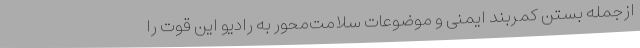
ازجمله بستن کمربند ایمنی و موضوعات سلامت‌محور به رادیو این قوت را